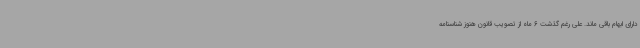
دارای ابهام باقی ماند. علی رغم گذشت 6 ماه از تصویب قانون هنوز شناسنامه